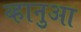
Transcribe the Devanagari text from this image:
व्हानुआ